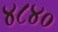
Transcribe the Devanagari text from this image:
४८४०